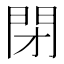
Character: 閉